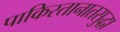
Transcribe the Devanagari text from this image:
पाकिस्तानातसुद्धा